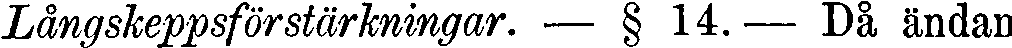
Långskeppsförstärkningar. — § 14.— Då ändan